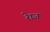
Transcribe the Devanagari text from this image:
रेाज